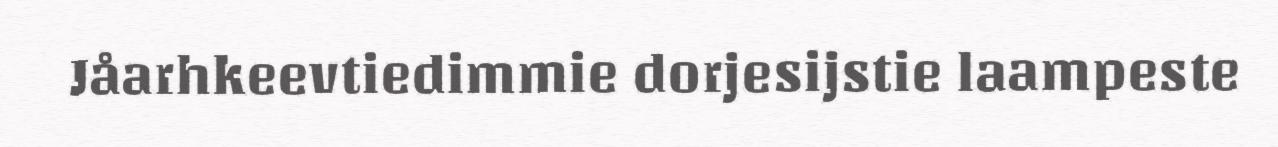
Jåarhkeevtiedimmie dorjesijstie laampeste